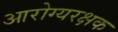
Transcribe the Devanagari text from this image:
आरोग्यरक्षक